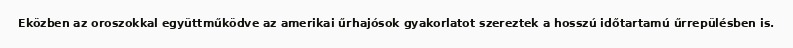
Eközben az oroszokkal együttműködve az amerikai űrhajósok gyakorlatot szereztek a hosszú időtartamú űrrepülésben is.